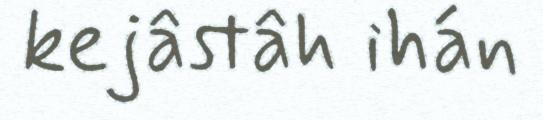
kejâstâh ihán